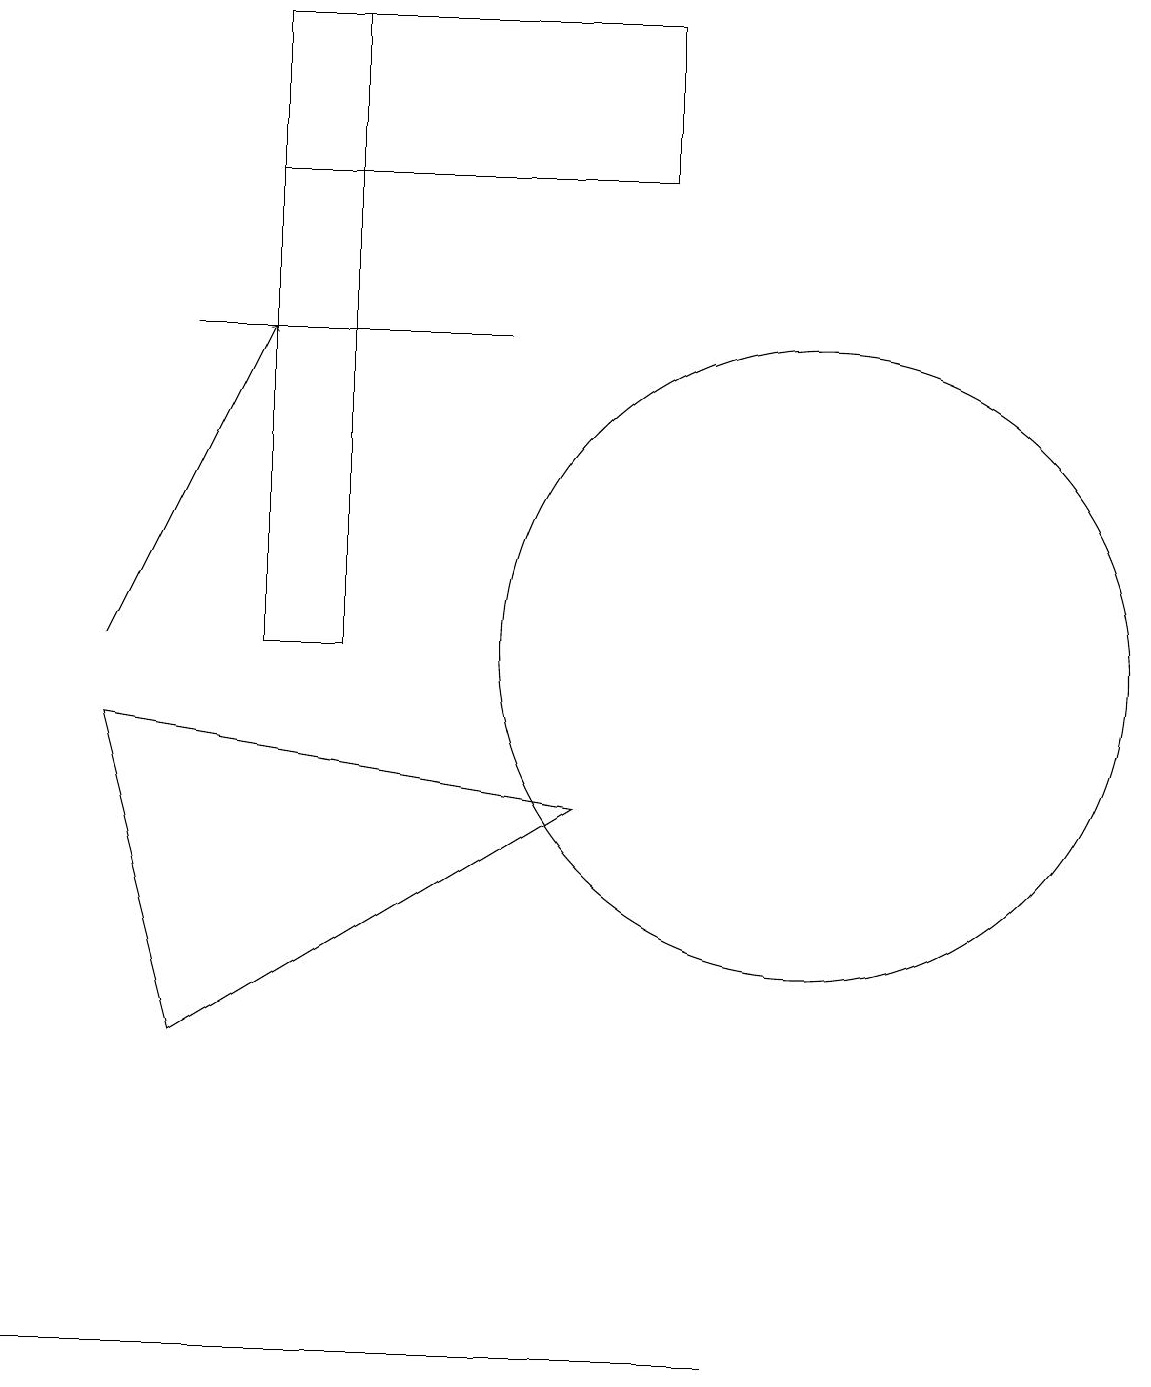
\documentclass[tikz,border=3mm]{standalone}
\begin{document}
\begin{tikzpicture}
\draw (3,10) rectangle (4,18);
\draw (1,9) -- (2,5) -- (7,8) -- cycle;
\draw (0,1) -- (0,1) -- (9,1) -- cycle;
\draw (8,16) rectangle (3,18);
\draw[->] (1,10) -- (3,14);
\draw (6,14) rectangle (2,14);
\draw (10,10) circle (4);
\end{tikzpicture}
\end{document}